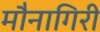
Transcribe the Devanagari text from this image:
मौनागिरी